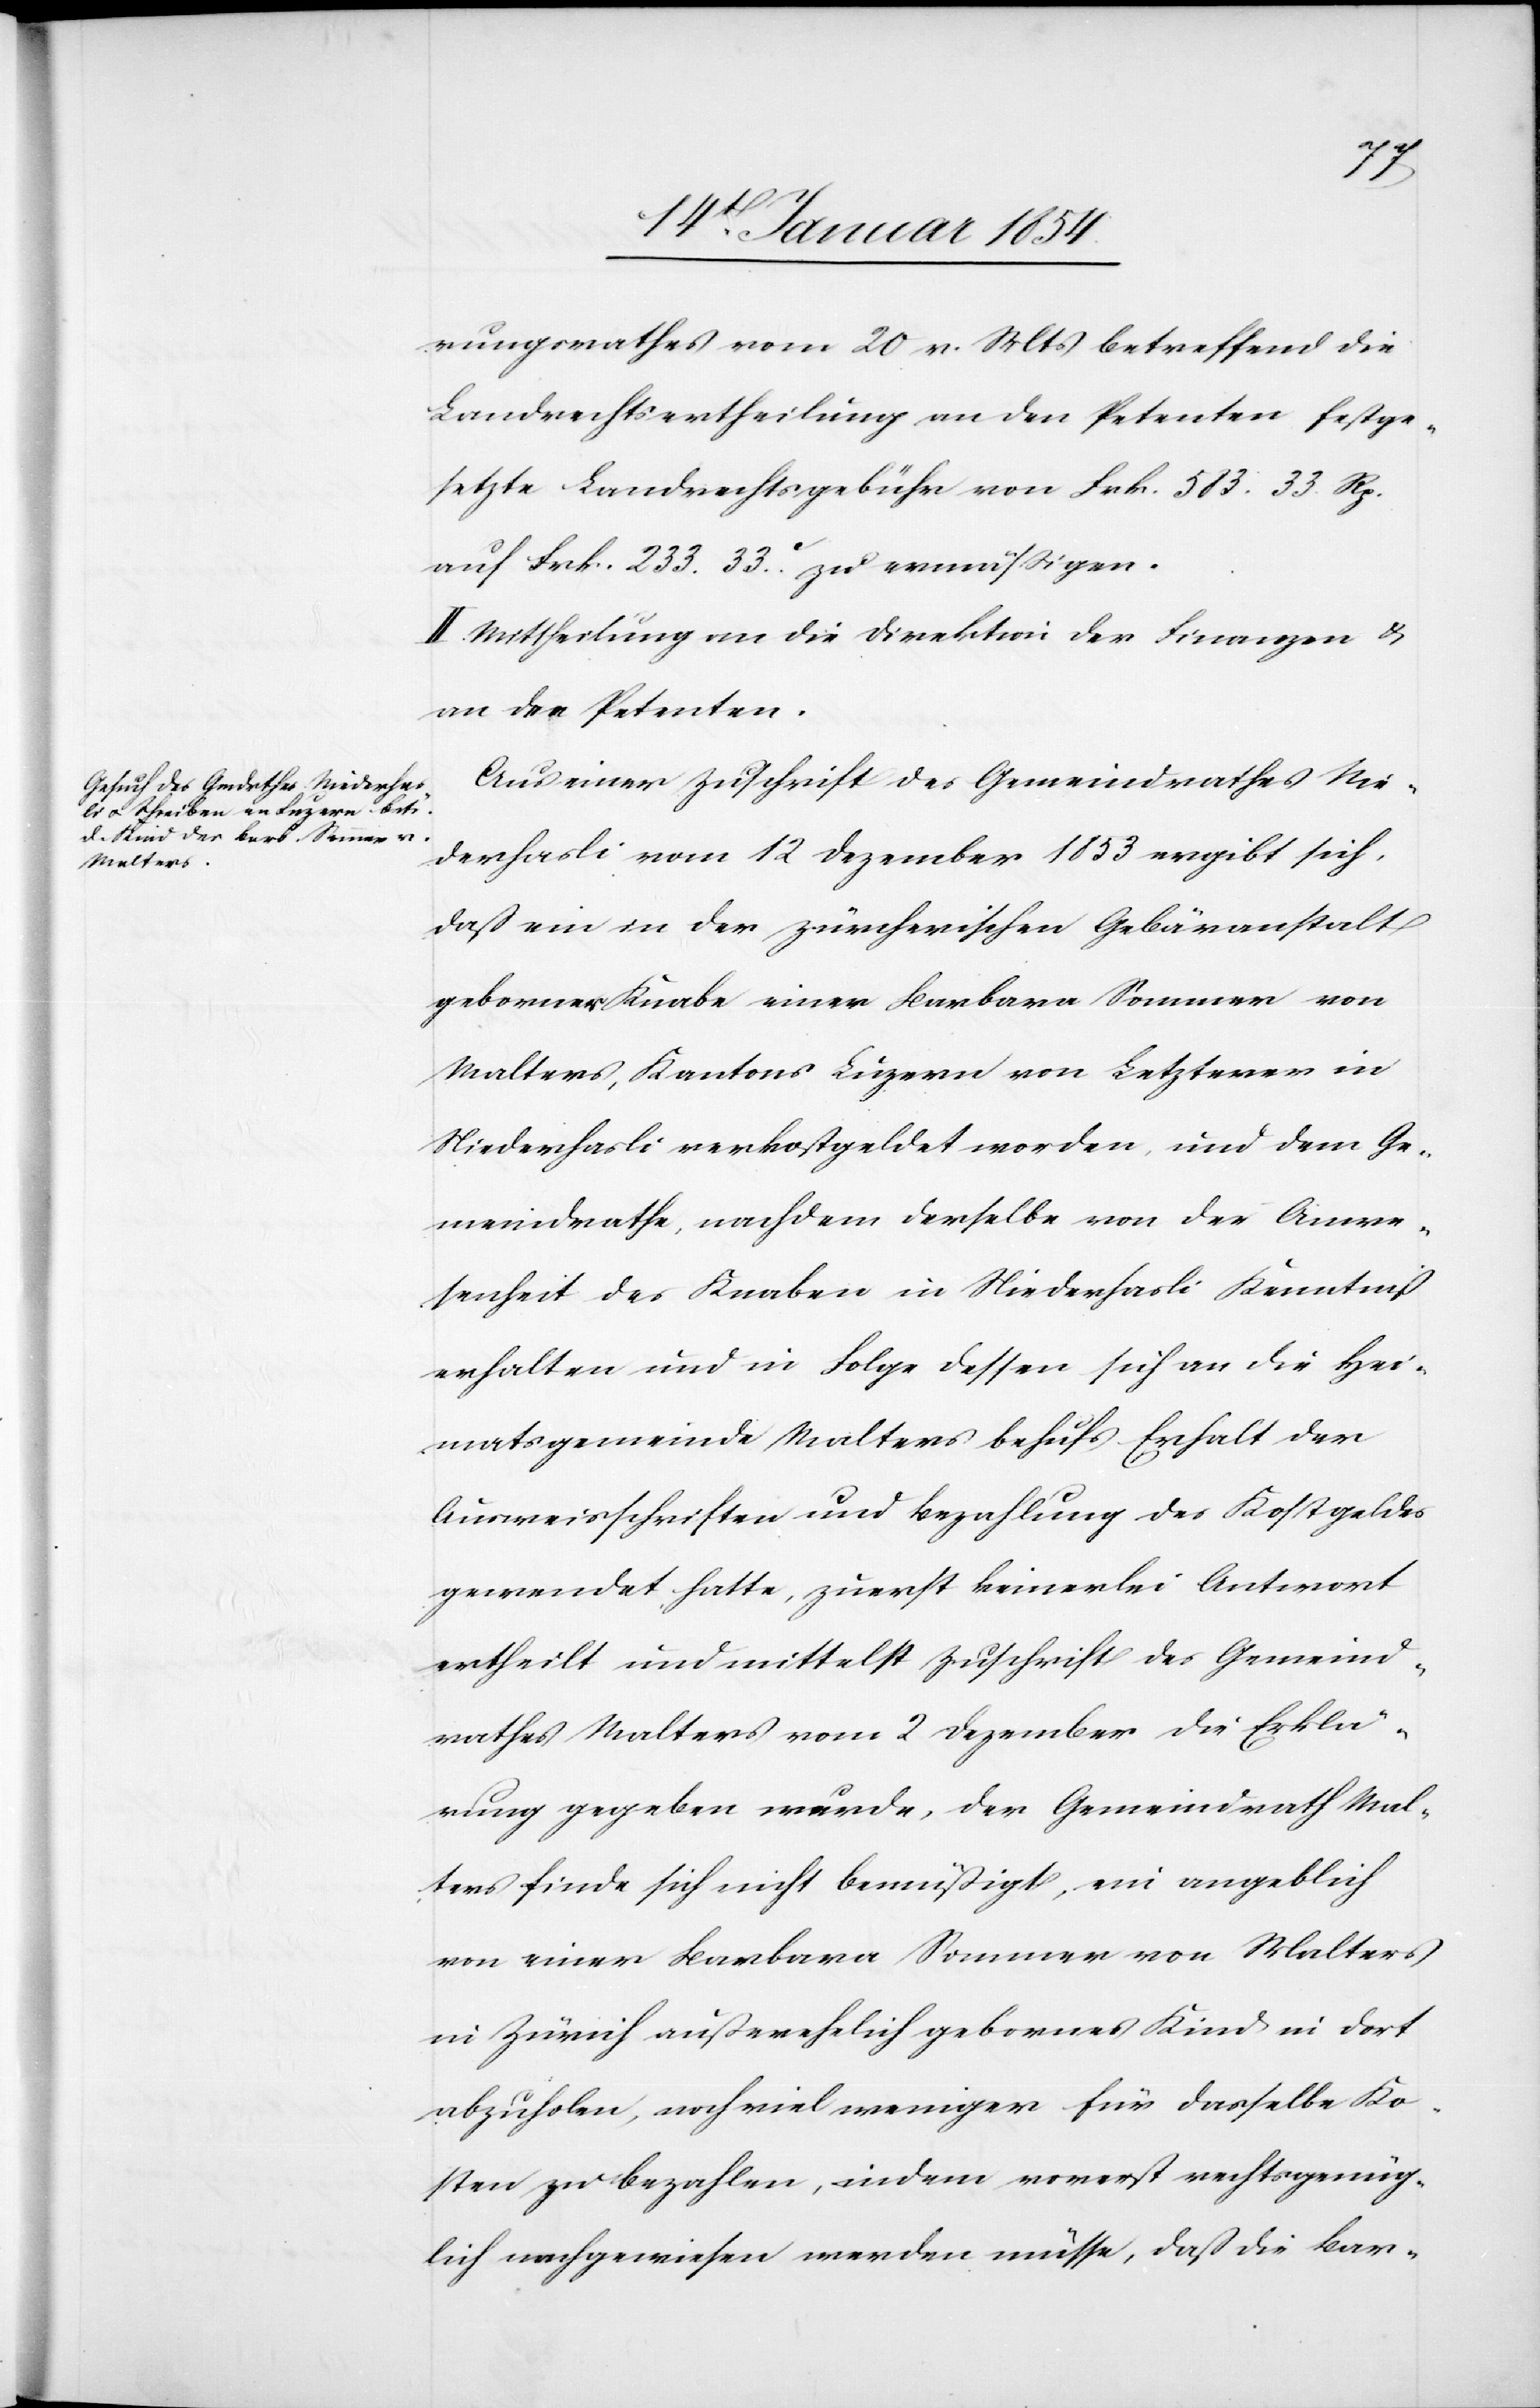
indrathe,

Anw¬
rungsrathes vom 20 v. Mts betreffend die
Landrechtsertheilung an den Petenten festge¬
setzte Landrechtsgebühr von Frk. 583. 33. Rp.
auf Frk. 233. 33.c. zu ermäßigen.
II. Mittheilung an die Direktion der Finanzen u.
an den Petenten.
Aus einer Zuschrift des Gemeindrathes Nie¬
derhasli vom 12 Dezember 1853 ergibt sich,
daß ein in der zürcherischen Gebäranstalt
geborner Knabe einer Barbara Sommer von
Malters, Kantons Luzern von Letzterer in
Niederhasli verkostgeldet, und dem Geme¬
esenheit des Knaben in Niederhasli Kenntniß
erhalten und in Folge dessen sich an die Hei¬
matsgemeinde Malters behufs Erhalt der
Ausweisschriften und Bezahlung des Kostgeldes
gewendet hatte, zuerst keinerlei Antwort
ertheilt und mittelst Zuschrift des Gemeind¬
rathes Malters vom 2 Dezember die Erklä¬
rung gegeben wurde, der Gemeindrath Mal¬
ters finde sich nicht bemüßigt, ein angeblich
von einer Barbara Sommer von Malters
in Zürich außerehelich gebornes Kind in dort
abzuholen, noch viel weniger für dasselbe Ko¬
sten zu bezahlen, indem vorerst rechtsgenüg¬
lich nachgewiesen werden müsse, daß die Bar-